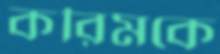
করিমকে